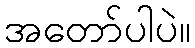
အတော်ပါပဲ။